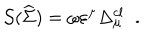
{ \cal S } ( \widehat { \Sigma } ) \; { \cal = \; } \omega \varepsilon ^ { \mu } \Delta _ { \mu } ^ { c l } \; \; .